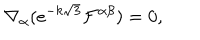
LaTeX: \nabla _ { \alpha } ( e ^ { - k \sqrt { 3 } } \mathcal { F } ^ { \alpha \beta } ) = 0 ,